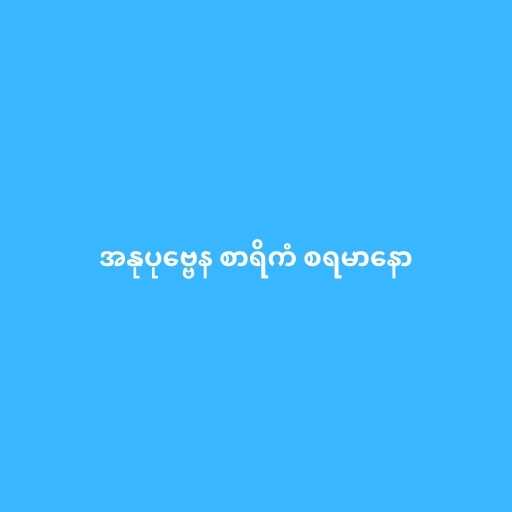
အနုပုဗ္ဗေန စာရိကံ စရမာနော